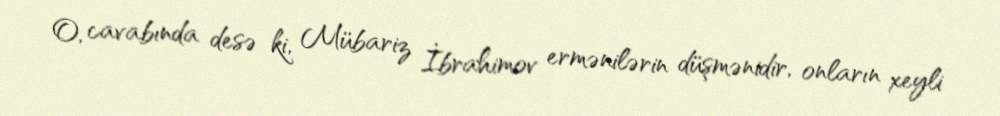
O, cavabında desə ki, Mübariz İbrahimov ermənilərin düşmənidir, onların xeyli